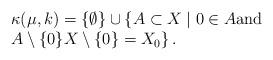
LaTeX: \begin{align*}\begin{array}{l}\kappa ( \mu , k) = \{ \emptyset \} \cup \{ A \subset X \mid 0 \in A {\text{and}} \\A \setminus \{ 0 \} {} X\setminus \{ 0 \} = X_0 \} \,.\end{array}\end{align*}